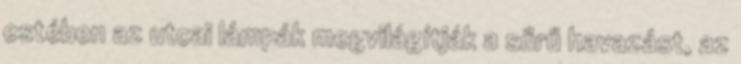
estében az utcai lámpák megvilágítják a sűrű havazást, az